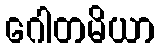
ဂေါတမိယာ